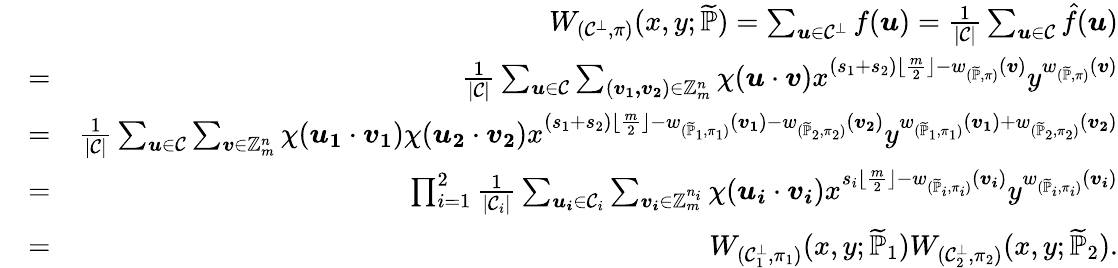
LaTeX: \begin{array}{rlr}&{}&{W_{(\mathcal{C}^{\bot},\pi)}(x,y;\widetilde{\mathbb{P}})=\sum_{\boldsymbol{u}\in\mathcal{C}^{\bot}}f(\boldsymbol{u})=\frac{1}{|\mathcal{C}|}\sum_{\boldsymbol{u}\in\mathcal{C}}\hat{f}(\boldsymbol{u})}\\ &{=}&{\frac{1}{|\mathcal{C}|}\sum_{\boldsymbol{u}\in\mathcal{C}}\sum_{(\boldsymbol{v_{1},v_{2}})\in\mathbb{Z}_{m}^{n}}\chi(\boldsymbol{u}\cdot\boldsymbol{v})x^{(s_{1}+s_{2})\lfloor\frac{m}{2}\rfloor-w_{(\widetilde{\mathbb{P}},\pi)}(\boldsymbol{v})}y^{w_{(\widetilde{\mathbb{P}},\pi)}(\boldsymbol{v})}}\\ &{=}&{\frac{1}{|\mathcal{C}|}\sum_{\boldsymbol{u}\in\mathcal{C}}\sum_{\boldsymbol{v}\in\mathbb{Z}_{m}^{n}}\chi(\boldsymbol{u_{1}}\cdot\boldsymbol{v_{1}})\chi(\boldsymbol{u_{2}}\cdot\boldsymbol{v_{2}})x^{(s_{1}+s_{2})\lfloor\frac{m}{2}\rfloor-w_{(\widetilde{\mathbb{P}}_{1},\pi_{1})}(\boldsymbol{v_{1}})-w_{(\widetilde{\mathbb{P}}_{2},\pi_{2})}(\boldsymbol{v_{2}})}y^{w_{(\widetilde{\mathbb{P}}_{1},\pi_{1})}(\boldsymbol{v_{1}})+w_{(\widetilde{\mathbb{P}}_{2},\pi_{2})}(\boldsymbol{v_{2}})}}\\ &{=}&{\prod_{i=1}^{2}\frac{1}{|\mathcal{C}_{i}|}\sum_{\boldsymbol{u_{i}}\in\mathcal{C}_{i}}\sum_{\boldsymbol{v_{i}}\in\mathbb{Z}_{m}^{n_{i}}}\chi(\boldsymbol{u_{i}}\cdot\boldsymbol{v_{i}})x^{s_{i}\lfloor\frac{m}{2}\rfloor-w_{(\widetilde{\mathbb{P}}_{i},\pi_{i})}(\boldsymbol{v_{i}})}y^{w_{(\widetilde{\mathbb{P}}_{i},\pi_{i})}(\boldsymbol{v_{i}})}}\\ &{=}&{W_{(\mathcal{C}_{1}^{\bot},\pi_{1})}(x,y;\widetilde{\mathbb{P}}_{1})W_{(\mathcal{C}_{2}^{\bot},\pi_{2})}(x,y;\widetilde{\mathbb{P}}_{2}).}\end{array}